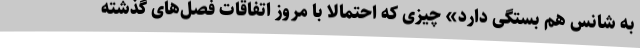
به شانس هم بستگی دارد» چیزی که احتمالاً با مروز اتفاقات فصل‌های گذشته